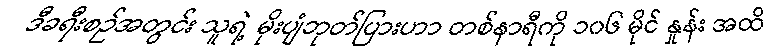
ဒီခရီးစဉ်အတွင်း သူရဲ့ မိုးပျံဘုတ်ပြားဟာ တစ်နာရီကို ၁၀၆ မိုင် နှုန်း အထိ